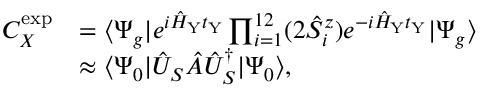
\begin{array} { r l } { C _ { X } ^ { \mathrm { e x p } } } & { = \langle \Psi _ { g } | e ^ { i \hat { H } _ { \mathrm { Y } } t _ { \mathrm { Y } } } \prod _ { i = 1 } ^ { 1 2 } ( 2 \hat { S } _ { i } ^ { z } ) e ^ { - i \hat { H } _ { \mathrm { Y } } t _ { \mathrm { Y } } } | \Psi _ { g } \rangle } \\ & { \approx \langle \Psi _ { 0 } | \hat { U } _ { S } \hat { A } \hat { U } _ { S } ^ { \dagger } | \Psi _ { 0 } \rangle , } \end{array}